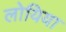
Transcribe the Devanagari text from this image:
लोयिया